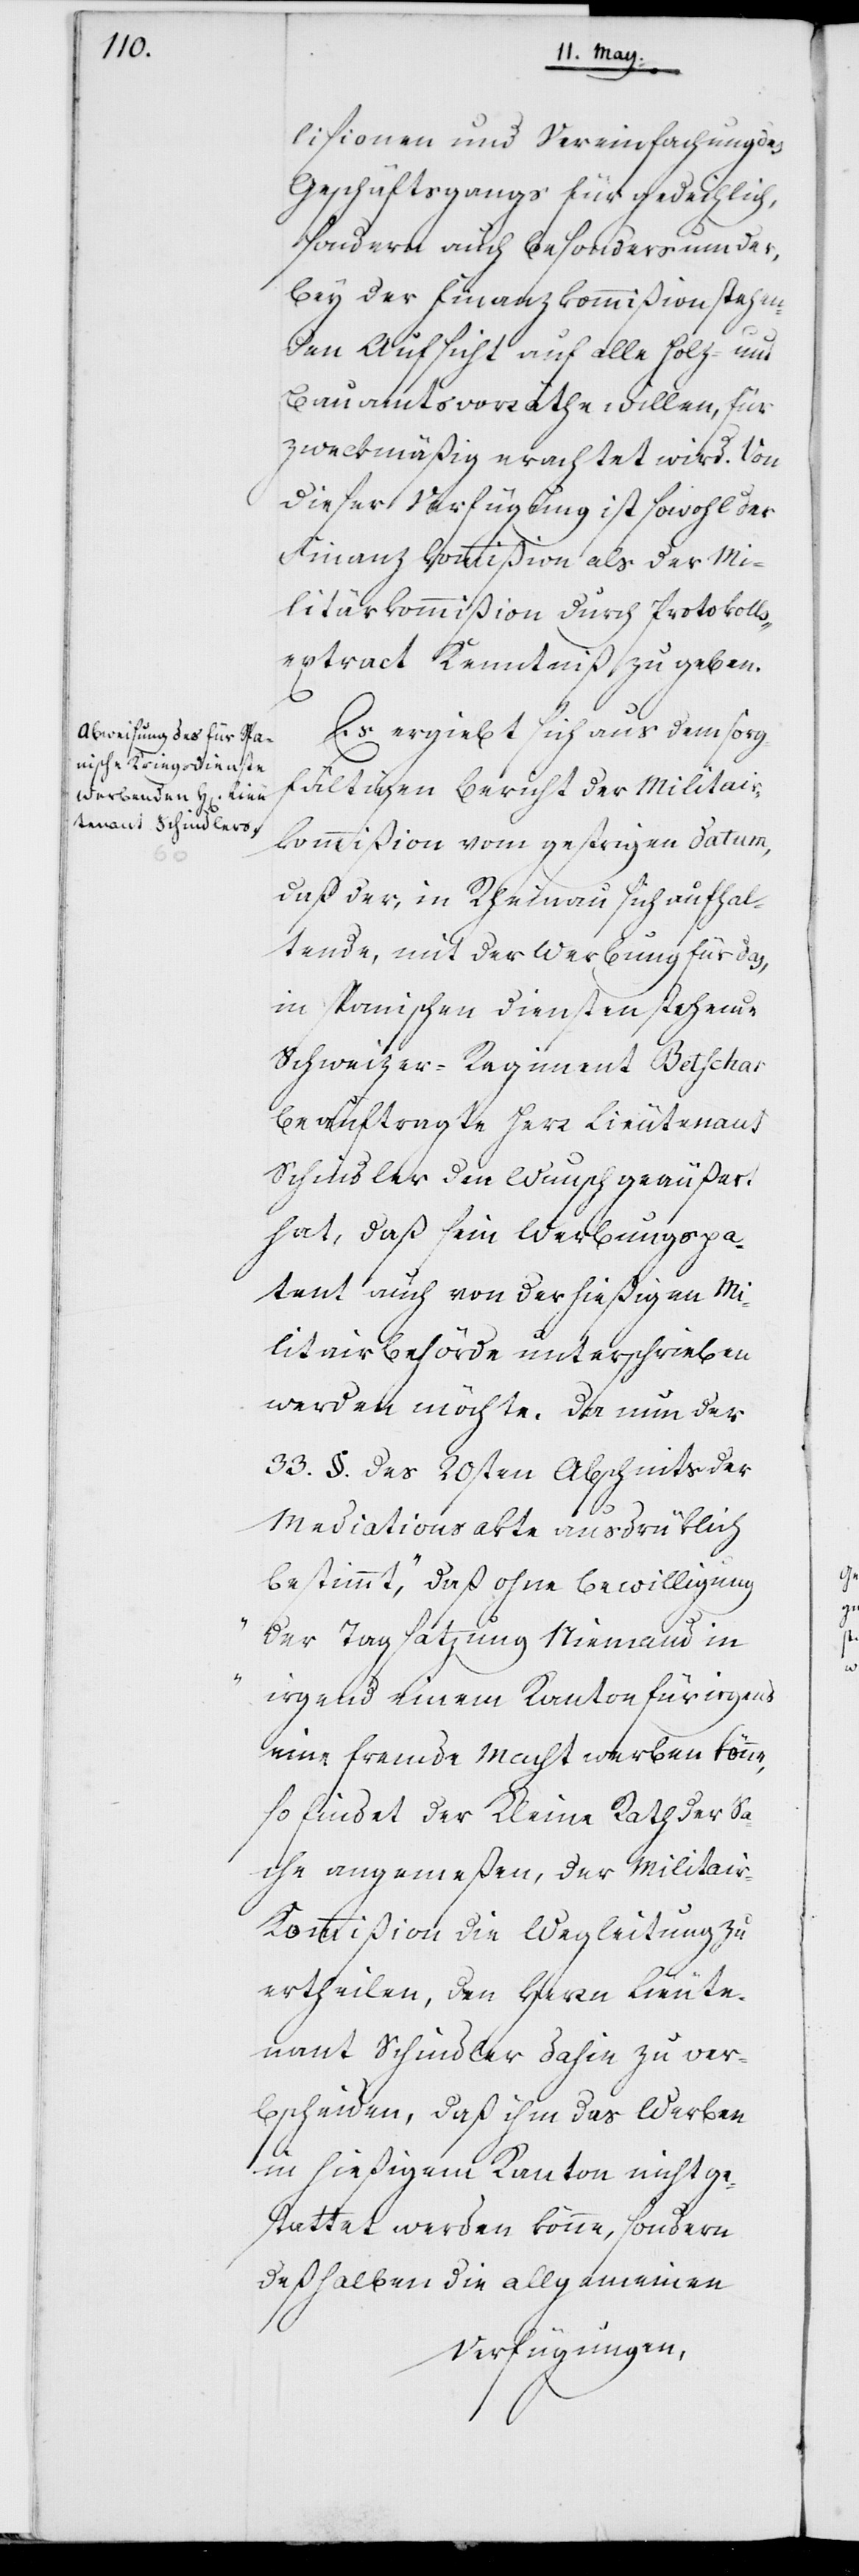
lisionen und Vereinfachung des
Geschäftsgangs für gedeihlich,
sondern auch besonders um der,
bey der Finanzkommißion stehen¬
den Aufsicht auf alle Holz- und
Bauamtsvorräthe willen, für
zweckmäßig erachtet wird. Von
dieser Verfügung ist sowohl der
Finanzkommißion als der Mi¬
litärkommißion durch Protokolls¬
extract Kenntniß zu geben.
Es ergiebt sich aus dem sorg¬
fältigen Bericht der Militair¬
kommißion vom gestrigen Datum,
daß der, in Rheinau sich aufhal¬
tende, mit der Werbung für das,
in spanischen Diensten stehende
Schweizer-Regiment Betschar
beauftragte Herr Lieutenant
Schindler den Wunsch geäußert
hat, daß sein Werbungspa¬
tent auch von der hießigen Mi¬
litairbehörde unterschrieben
werden möchte. Da nun der
33. §. des 20sten Abschnits der
Mediationsakte ausdrüklich
bestimmt, „daß ohne Bewilligung
der Tagsatzung Niemand in
irgend einem Kanton für irgend
eine fremde Macht werben könne[“],
so findet der Kleine Rath der Sa¬
che angemeßen, der Militair¬
kommißion die Wegleitung zu
ertheilen, den Herrn Lieute¬
nant Schindler dahin zu b¬
scheiden, daß ihm das Werben
in hießigem Kanton nicht ge¬
stattet werden könne, sondern
deßhalben die allgemeinen